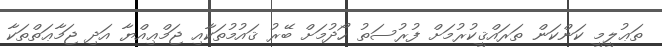
ތަޢުލީމީ ކަންކަން ތަރައްޤީކުރުމަށް ފުރުސަތު ހޯދުމަށް ބޭރު ޤައުމުތަކާއި ޖަމްޢިއްޔާ އަދި ޖަމާޢަތްތަކާ